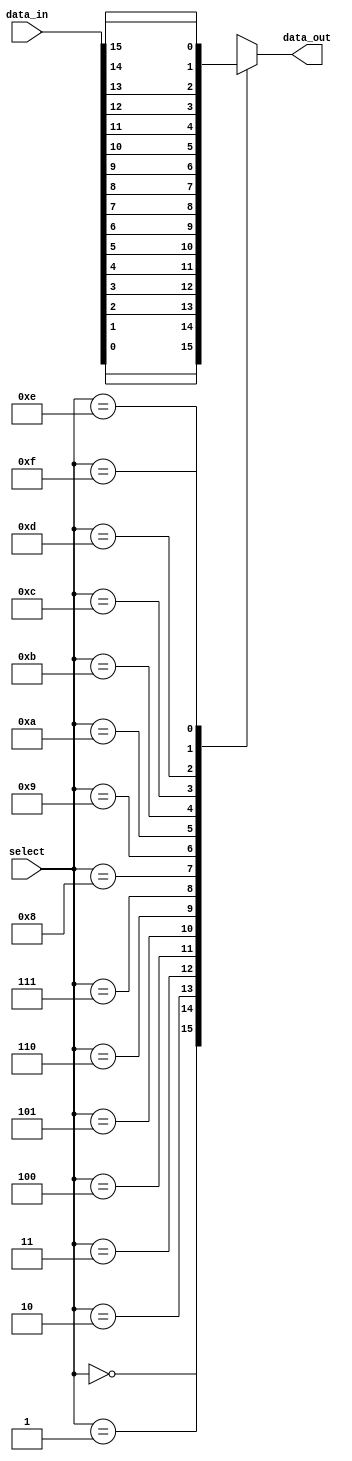
module mux_16to1 (
    input [15:0] data_in,       // 16 input lines
    input [3:0] select,         // 4 select lines
    output reg data_out         // 1 output line
);

always @(*)
begin
    case (select)
        4'b0000: data_out = data_in[0];
        4'b0001: data_out = data_in[1];
        4'b0010: data_out = data_in[2];
        4'b0011: data_out = data_in[3];
        4'b0100: data_out = data_in[4];
        4'b0101: data_out = data_in[5];
        4'b0110: data_out = data_in[6];
        4'b0111: data_out = data_in[7];
        4'b1000: data_out = data_in[8];
        4'b1001: data_out = data_in[9];
        4'b1010: data_out = data_in[10];
        4'b1011: data_out = data_in[11];
        4'b1100: data_out = data_in[12];
        4'b1101: data_out = data_in[13];
        4'b1110: data_out = data_in[14];
        4'b1111: data_out = data_in[15];
    endcase
end

endmodule